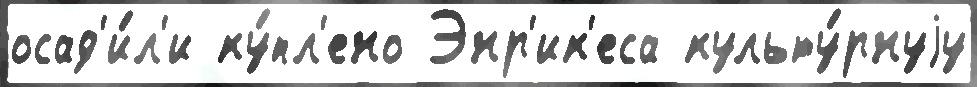
осад'и́л'и ку́пл'ено Энр'ик'еса культу́рнуjу